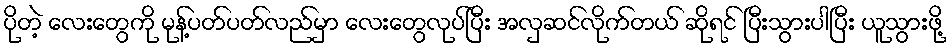
ပိုတဲ့ လေးတွေကို မုန့်ပတ်ပတ်လည်မှာ လေးတွေလုပ်ပြီး အလှဆင်လိုက်တယ် ဆိုရင် ပြီးသွားပါပြီး ယူသွားဖို့